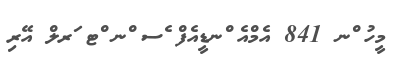
މީހު ްނ 841 އެމްއެ ްނޑީއެފް ެސ ްނ ްޓ ަރލް އޭރި